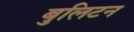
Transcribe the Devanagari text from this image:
बुलिटन